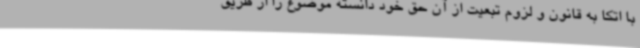
با اتکا به قانون و لزوم تبعیت از آن حق خود دانسته موضوع را از طریق